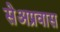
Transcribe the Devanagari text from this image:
सेअप्रवास